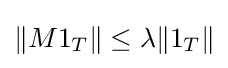
\|M1_{T}\|\leq \lambda \|1_{T}\|